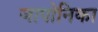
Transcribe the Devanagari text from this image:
जापोनिका